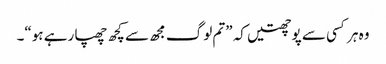
وہ ہر کسی سے پوچھتیں کہ ”تم لوگ مجھ سے کچھ چھپا رہے ہو“۔